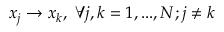
x _ { j } \rightarrow x _ { k } , ~ \forall j , k = 1 , . . . , N ; j \neq k